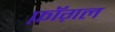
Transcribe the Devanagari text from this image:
फ़ॉग़ल